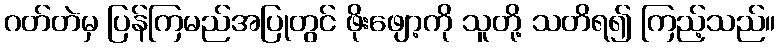
ဂတ်တဲမှ ပြန်ကြမည်အပြုတွင် ဖိုးဖျော့ကို သူတို့ သတိရ၍ ကြည့်သည်။